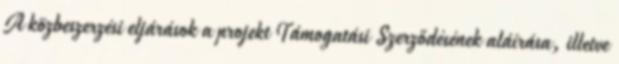
A közbeszerzési eljárások a projekt Támogatási Szerződésének aláírása, illetve